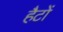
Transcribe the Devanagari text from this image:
हैटों